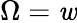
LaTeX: \Omega=\mathit{w}